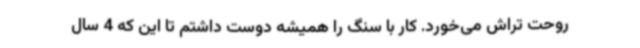
روحت تراش می‌خورد. کار با سنگ را همیشه دوست داشتم تا این که 4 سال